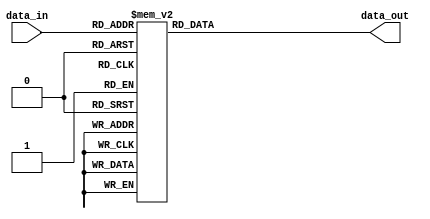

module IEEE754LookupTable (
    input [7:0] data_in ,
    output reg[31:0] data_out 
);

reg [0:7] data;

always @(*) 
begin
    data  <= data_in;
    case(data)
        8'h00: data_out = 32'h0;
        8'h01: data_out = 32'h3f800000;
        8'h02: data_out = 32'h40000000;
        8'h03: data_out = 32'h40400000;
        8'h04: data_out = 32'h40800000;
        8'h05: data_out = 32'h40a00000;
        8'h06: data_out = 32'h40c00000;
        8'h07: data_out = 32'h40e00000;
        8'h08: data_out = 32'h41000000;
        8'h09: data_out = 32'h41100000;
        8'h0a: data_out = 32'h41200000;
        8'h0b: data_out = 32'h41300000;
        8'h0c: data_out = 32'h41400000;
        8'h0d: data_out = 32'h41500000;
        8'h0e: data_out = 32'h41600000;
        8'h0f: data_out = 32'h41700000;
        8'h10: data_out = 32'h41800000;
        8'h11: data_out = 32'h41880000;
        8'h12: data_out = 32'h41900000;
        8'h13: data_out = 32'h41980000;
        8'h14: data_out = 32'h41a00000;
        8'h15: data_out = 32'h41a80000;
        8'h16: data_out = 32'h41b00000;
        8'h17: data_out = 32'h41b80000;
        8'h18: data_out = 32'h41c00000;
        8'h19: data_out = 32'h41c80000;
        8'h1a: data_out = 32'h41d00000;
        8'h1b: data_out = 32'h41d80000;
        8'h1c: data_out = 32'h41e00000;
        8'h1d: data_out = 32'h41e80000;
        8'h1e: data_out = 32'h41f00000;
        8'h1f: data_out = 32'h41f80000;
        8'h20: data_out = 32'h42000000;
        8'h21: data_out = 32'h42040000;
        8'h22: data_out = 32'h42080000;
        8'h23: data_out = 32'h420c0000;
        8'h24: data_out = 32'h42100000;
        8'h25: data_out = 32'h42140000;
        8'h26: data_out = 32'h42180000;
        8'h27: data_out = 32'h421c0000;
        8'h28: data_out = 32'h42200000;
        8'h29: data_out = 32'h42240000;
        8'h2a: data_out = 32'h42280000;
        8'h2b: data_out = 32'h422c0000;
        8'h2c: data_out = 32'h42300000;
        8'h2d: data_out = 32'h42340000;
        8'h2e: data_out = 32'h42380000;
        8'h2f: data_out = 32'h423c0000; 
        8'h30: data_out = 32'h42400000;
        8'h31: data_out = 32'h42440000;
        8'h32: data_out = 32'h42480000;
        8'h33: data_out = 32'h424c0000;
        8'h34: data_out = 32'h42500000;
        8'h35: data_out = 32'h42540000;
        8'h36: data_out = 32'h42580000;
        8'h37: data_out = 32'h425c0000;
        8'h38: data_out = 32'h42600000;
        8'h39: data_out = 32'h42640000;
        8'h3a: data_out = 32'h42680000;
        8'h3b: data_out = 32'h426c0000;
        8'h3c: data_out = 32'h42700000;
        8'h3d: data_out = 32'h42740000;
        8'h3e: data_out = 32'h42780000;
        8'h3f: data_out = 32'h427c0000;
        8'h40: data_out = 32'h42800000;
        8'h41: data_out = 32'h42820000;
        8'h42: data_out = 32'h42840000;
        8'h43: data_out = 32'h42860000;
        8'h44: data_out = 32'h42880000;
        8'h45: data_out = 32'h428a0000;
        8'h46: data_out = 32'h428c0000;
        8'h47: data_out = 32'h428e0000;
        8'h48: data_out = 32'h42900000;
        8'h49: data_out = 32'h42920000;
        8'h4a: data_out = 32'h42940000;
        8'h4b: data_out = 32'h42960000;
        8'h4c: data_out = 32'h42980000;
        8'h4d: data_out = 32'h429a0000;
        8'h4e: data_out = 32'h429c0000;
        8'h4f: data_out = 32'h429e0000;
        8'h50: data_out = 32'h42a00000;
        8'h51: data_out = 32'h42a20000;
        8'h52: data_out = 32'h42a40000;
        8'h53: data_out = 32'h42a60000;
        8'h54: data_out = 32'h42a80000;
        8'h55: data_out = 32'h42aa0000;
        8'h56: data_out = 32'h42ac0000;
        8'h57: data_out = 32'h42ae0000;
        8'h58: data_out = 32'h42b00000;
        8'h59: data_out = 32'h42b20000;
        8'h5a: data_out = 32'h42b40000;
        8'h5b: data_out = 32'h42b60000;
        8'h5c: data_out = 32'h42b80000;
        8'h5d: data_out = 32'h42ba0000;
        8'h5e: data_out = 32'h42bc0000;
        8'h5f: data_out = 32'h42be0000;
        8'h60: data_out = 32'h42c00000;
        8'h61: data_out = 32'h42c20000;
        8'h62: data_out = 32'h42c40000;
        8'h63: data_out = 32'h42c60000;
        8'h64: data_out = 32'h42c80000;
        8'h65: data_out = 32'h42ca0000;
        8'h66: data_out = 32'h42cc0000;
        8'h67: data_out = 32'h42ce0000;
        8'h68: data_out = 32'h42d00000;
        8'h69: data_out = 32'h42d20000;
        8'h6a: data_out = 32'h42d40000;
        8'h6b: data_out = 32'h42d60000;
        8'h6c: data_out = 32'h42d80000;
        8'h6d: data_out = 32'h42da0000;
        8'h6e: data_out = 32'h42dc0000;
        8'h6f: data_out = 32'h42de0000;
        8'h70: data_out = 32'h42e00000;
        8'h71: data_out = 32'h42e20000;
        8'h72: data_out = 32'h42e40000;
        8'h73: data_out = 32'h42e60000;
        8'h74: data_out = 32'h42e80000;
        8'h75: data_out = 32'h42ea0000;
        8'h76: data_out = 32'h42ec0000;
        8'h77: data_out = 32'h42ee0000;
        8'h78: data_out = 32'h42f00000;
        8'h79: data_out = 32'h42f20000;
        8'h7a: data_out = 32'h42f40000;
        8'h7b: data_out = 32'h42f60000;
        8'h7c: data_out = 32'h42f80000;
        8'h7d: data_out = 32'h42fa0000;
        8'h7e: data_out = 32'h42fc0000;
        8'h7f: data_out = 32'h42fe0000;
        8'h80: data_out = 32'h43000000;
        8'h81: data_out = 32'h43010000;
        8'h82: data_out = 32'h43020000;
        8'h83: data_out = 32'h43030000;
        8'h84: data_out = 32'h43040000;
        8'h85: data_out = 32'h43050000;
        8'h86: data_out = 32'h43060000;
        8'h87: data_out = 32'h43070000;
        8'h88: data_out = 32'h43080000;
        8'h89: data_out = 32'h43090000;
        8'h8a: data_out = 32'h430a0000;
        8'h8b: data_out = 32'h430b0000;
        8'h8c: data_out = 32'h430c0000;
        8'h8d: data_out = 32'h430d0000;
        8'h8e: data_out = 32'h430e0000;
        8'h8f: data_out = 32'h430f0000;
        8'h90: data_out = 32'h43100000;
        8'h91: data_out = 32'h43110000;
        8'h92: data_out = 32'h43120000;
        8'h93: data_out = 32'h43130000;
        8'h94: data_out = 32'h43140000;
        8'h95: data_out = 32'h43150000;
        8'h96: data_out = 32'h43160000;
        8'h97: data_out = 32'h43170000;
        8'h98: data_out = 32'h43180000;
        8'h99: data_out = 32'h43190000;
        8'h9a: data_out = 32'h431a0000;
        8'h9b: data_out = 32'h431b0000;
        8'h9c: data_out = 32'h431c0000;
        8'h9d: data_out = 32'h431d0000;
        8'h9e: data_out = 32'h431e0000;
        8'h9f: data_out = 32'h431f0000;
        8'ha0: data_out = 32'h43200000;
        8'ha1: data_out = 32'h43210000;
        8'ha2: data_out = 32'h43220000;
        8'ha3: data_out = 32'h43230000;
        8'ha4: data_out = 32'h43240000;
        8'ha5: data_out = 32'h43250000;
        8'ha6: data_out = 32'h43260000;
        8'ha7: data_out = 32'h43270000;
        8'ha8: data_out = 32'h43280000;
        8'ha9: data_out = 32'h43290000;
        8'haa: data_out = 32'h432a0000;
        8'hab: data_out = 32'h432b0000;
        8'hac: data_out = 32'h432c0000;
        8'had: data_out = 32'h432d0000;
        8'hae: data_out = 32'h432e0000;
        8'haf: data_out = 32'h432f0000;
        8'hb0: data_out = 32'h43300000;
        8'hb1: data_out = 32'h43310000;
        8'hb2: data_out = 32'h43320000;
        8'hb3: data_out = 32'h43330000;
        8'hb4: data_out = 32'h43340000;
        8'hb5: data_out = 32'h43350000;
        8'hb6: data_out = 32'h43360000;
        8'hb7: data_out = 32'h43370000;
        8'hb8: data_out = 32'h43380000;
        8'hb9: data_out = 32'h43390000;
        8'hba: data_out = 32'h433a0000;
        8'hbb: data_out = 32'h433b0000;
        8'hbc: data_out = 32'h433c0000;
        8'hbd: data_out = 32'h433d0000;
        8'hbe: data_out = 32'h433e0000;
        8'hbf: data_out = 32'h433f0000;
        8'hc0: data_out = 32'h43400000;
        8'hc1: data_out = 32'h43410000;
        8'hc2: data_out = 32'h43420000;
        8'hc3: data_out = 32'h43430000;
        8'hc4: data_out = 32'h43440000;
        8'hc5: data_out = 32'h43450000;
        8'hc6: data_out = 32'h43460000;
        8'hc7: data_out = 32'h43470000;
        8'hc8: data_out = 32'h43480000;
        8'hc9: data_out = 32'h43490000;
        8'hca: data_out = 32'h434a0000;
        8'hcb: data_out = 32'h434b0000;
        8'hcc: data_out = 32'h434c0000;
        8'hcd: data_out = 32'h434d0000;
        8'hce: data_out = 32'h434e0000;
        8'hcf: data_out = 32'h434f0000;
        8'hd0: data_out = 32'h43500000;
        8'hd1: data_out = 32'h43510000;
        8'hd2: data_out = 32'h43520000;
        8'hd3: data_out = 32'h43530000;
        8'hd4: data_out = 32'h43540000;
        8'hd5: data_out = 32'h43550000;
        8'hd6: data_out = 32'h43560000;
        8'hd7: data_out = 32'h43570000;
        8'hd8: data_out = 32'h43580000;
        8'hd9: data_out = 32'h43590000;
        8'hda: data_out = 32'h435a0000;
        8'hdb: data_out = 32'h435b0000;
        8'hdc: data_out = 32'h435c0000;
        8'hdd: data_out = 32'h435d0000;
        8'hde: data_out = 32'h435e0000;
        8'hdf: data_out = 32'h435f0000;
        8'he0: data_out = 32'h43600000;
        8'he1: data_out = 32'h43610000;
        8'he2: data_out = 32'h43620000;
        8'he3: data_out = 32'h43630000;
        8'he4: data_out = 32'h43640000;
        8'he5: data_out = 32'h43650000;
        8'he6: data_out = 32'h43660000;
        8'he7: data_out = 32'h43670000;
        8'he8: data_out = 32'h43680000;
        8'he9: data_out = 32'h43690000;
        8'hea: data_out = 32'h436a0000;
        8'heb: data_out = 32'h436b0000;
        8'hec: data_out = 32'h436c0000;
        8'hed: data_out = 32'h436d0000;
        8'hee: data_out = 32'h436e0000;
        8'hef: data_out = 32'h436f0000;
        8'hf0: data_out = 32'h43700000;
        8'hf1: data_out = 32'h43710000;
        8'hf2: data_out = 32'h43720000;
        8'hf3: data_out = 32'h43730000;
        8'hf4: data_out = 32'h43740000;
        8'hf5: data_out = 32'h43750000;
        8'hf6: data_out = 32'h43760000;
        8'hf7: data_out = 32'h43770000;
        8'hf8: data_out = 32'h43780000;
        8'hf9: data_out = 32'h43790000;
        8'hfa: data_out = 32'h437a0000;
        8'hfb: data_out = 32'h437b0000;
        8'hfc: data_out = 32'h437c0000;
        8'hfd: data_out = 32'h437d0000;
        8'hfe: data_out = 32'h437e0000;
        8'hff: data_out = 32'h437f0000;
    endcase
    
end

endmodule